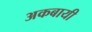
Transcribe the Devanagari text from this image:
अकबायी